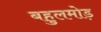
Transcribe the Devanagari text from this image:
बहुलमोड़